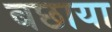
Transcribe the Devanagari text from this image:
बछाया